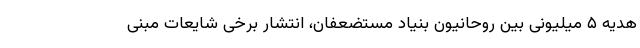
هدیه ۵ میلیونی بین روحانیون بنیاد مستضعفان، انتشار برخی شایعات مبنی